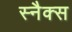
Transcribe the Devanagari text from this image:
स्‍नैक्स